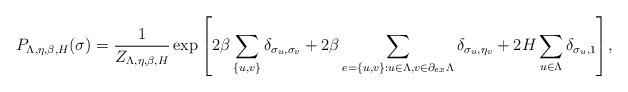
LaTeX: \begin{align*}P_{\Lambda,\eta,\beta,H}(\sigma)=\frac{1}{Z_{\Lambda,\eta,\beta,H}}\exp{\left[2\beta\sum_{\{u,v\}}\delta_{\sigma_u,\sigma_v}+2\beta\sum_{e=\{u,v\}:u\in\Lambda, v\in\partial_{ex}\Lambda}\delta_{\sigma_u,\eta_v}+2H\sum_{u\in \Lambda}\delta_{\sigma_u,1}\right]},\end{align*}